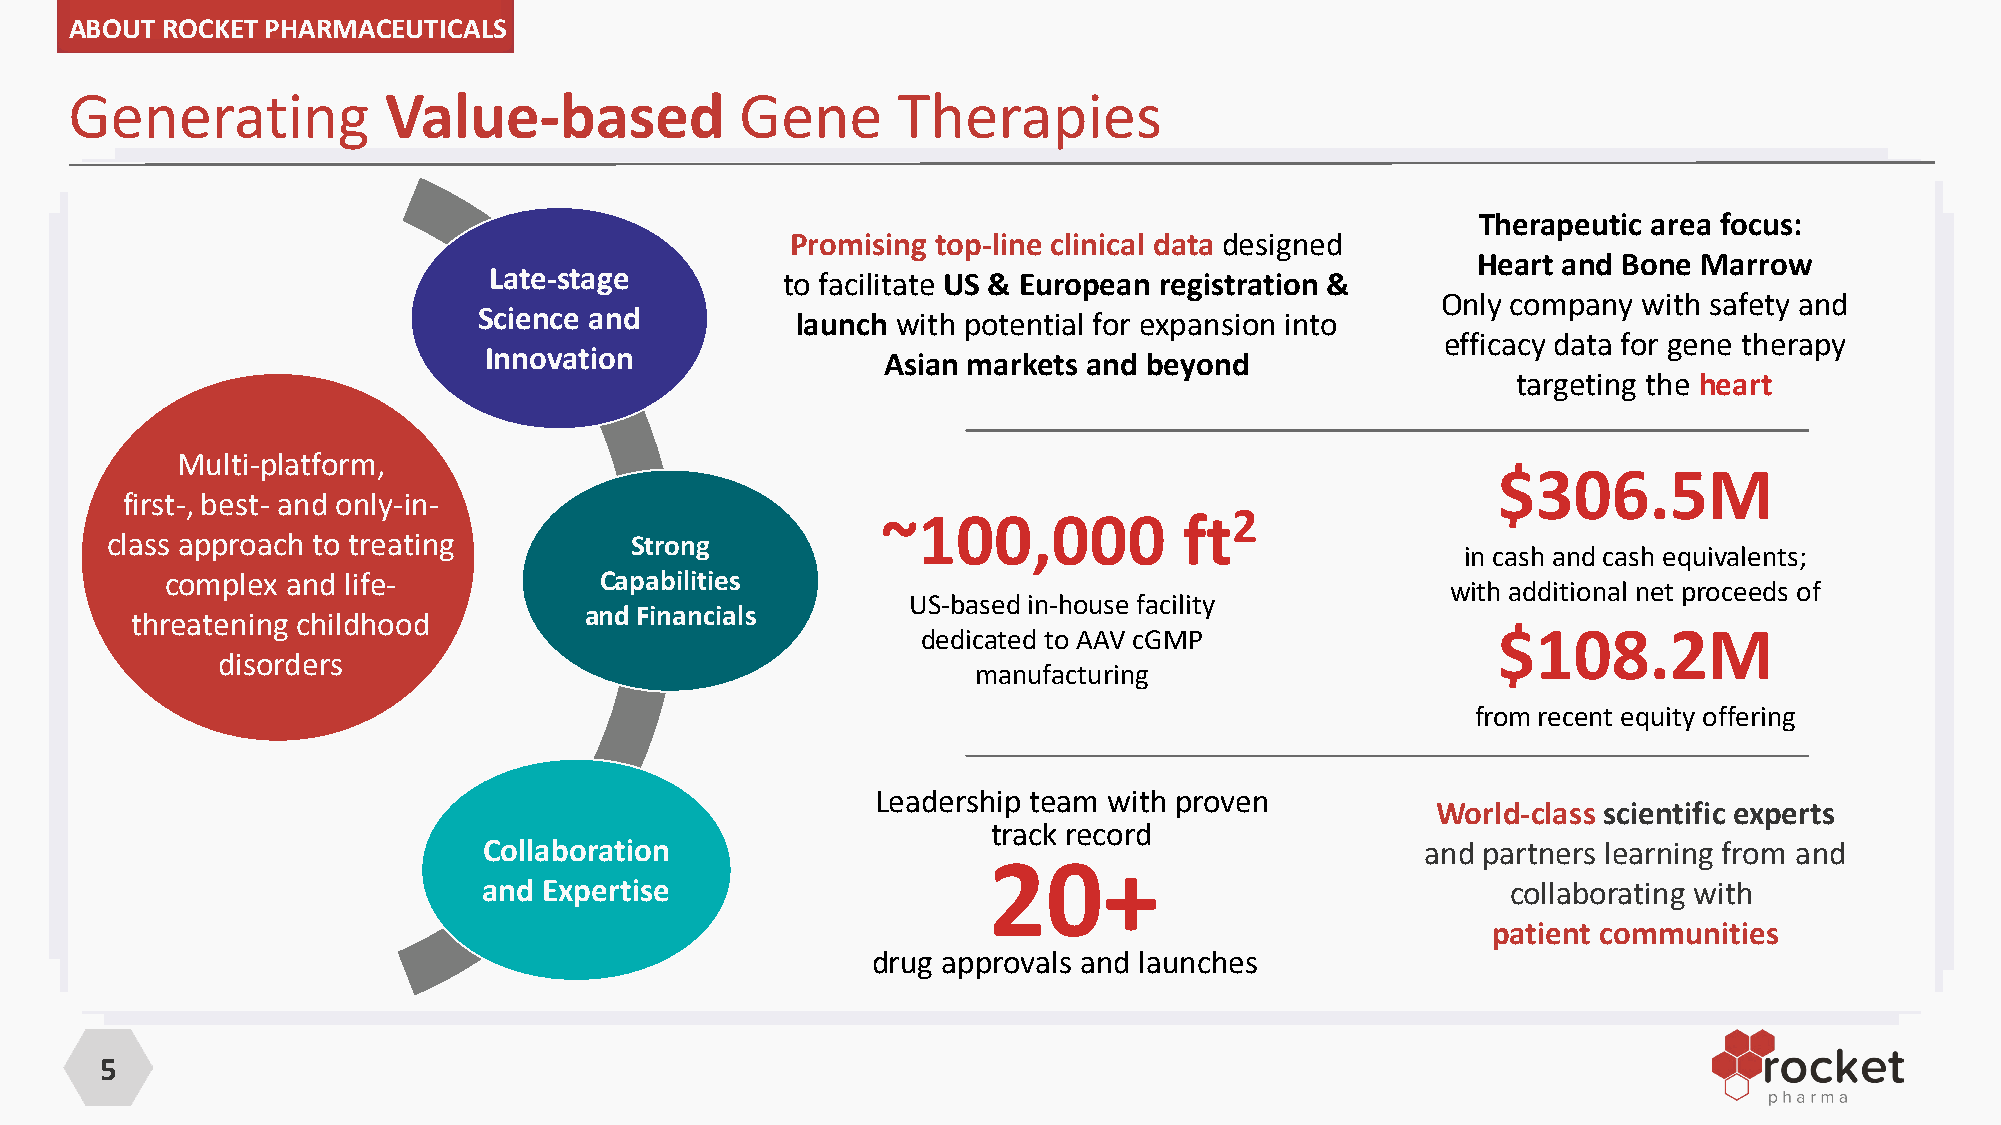
ABOUT ROCKET PHARMACEUTICALS
 Generating          Value-based             Gene      Therapies
 Therapeutic area focus:
 Promising top-line clinical data designed
 Heart and Bone Marrow
 Late-stage          to facilitate US & European registration &
 Only company  with safety and
 Science and          launch with potential for exp?a?n?si?on into
 efficacy data for gene therapy
 Innovation                Asian markets and beyond
 targeting the heart
 Multi-platform,
 $306.5M
 first-, best- and only-in-
 ~100,000            ft2
 class approach to treating         Strong
 in cash and cash equivalents;
 complex and life-            Capabilities
 with additional net proceeds of
 US-based in-house facility
 threatening childhood         and Financials
 dedicated to AAV cGMP                 $108.2M
 disorders
 manufacturing
 from recent equity offering
 Leadership team with proven
 World-class scientific experts
 track record
 Collaboration                                                 and partners learning from and
 20+
 and Expertise                                                       collaborating with
 patient communities
 drug approvals and launches
 5